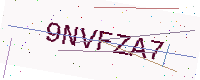
Text: 9NVFZA7